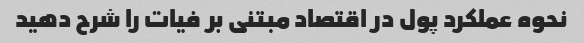
نحوه عملکرد پول در اقتصاد مبتنی بر فیات را شرح دهید